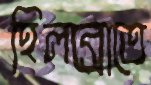
হিলব্রোতে